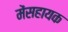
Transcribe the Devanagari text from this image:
मेंसहायक